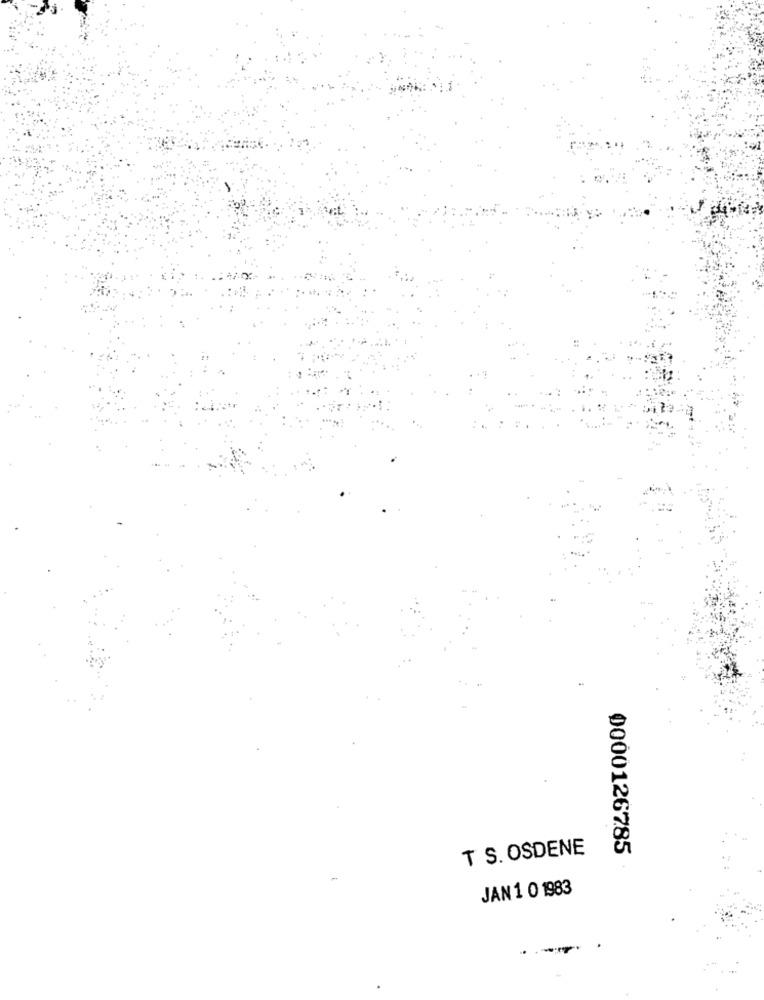
T S. OSDENE
0000126785
JAN 1 0 1983